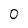
Character: 0